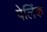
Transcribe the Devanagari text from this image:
पेलिंक